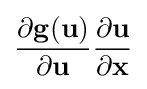
{\frac {\partial \mathbf {g} (\mathbf {u} )}{\partial \mathbf {u} }}{\frac {\partial \mathbf {u} }{\partial \mathbf {x} }}